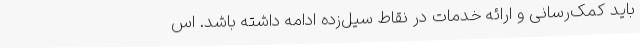
باید کمک‌رسانی و ارائه خدمات در نقاط سیل‌زده ادامه داشته باشد. اس